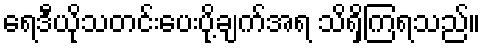
ရေဒီယိုသတင်းပေးပို့ချက်အရ သိရှိကြရသည်။